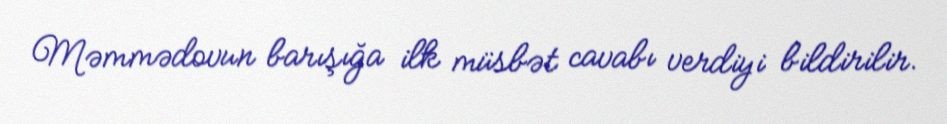
Məmmədovun barışığa ilk müsbət cavabı verdiyi bildirilir.